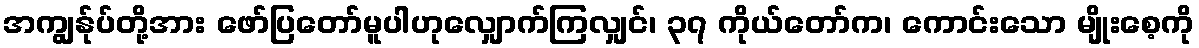
အကျွန်ုပ်တို့အား ဖော်ပြတော်မူပါဟုလျှောက်ကြလျှင်၊ ၃၇ ကိုယ်တော်က၊ ကောင်းသော မျိုးစေ့ကို